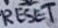
Text: RESET